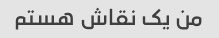
من یک نقاش هستم